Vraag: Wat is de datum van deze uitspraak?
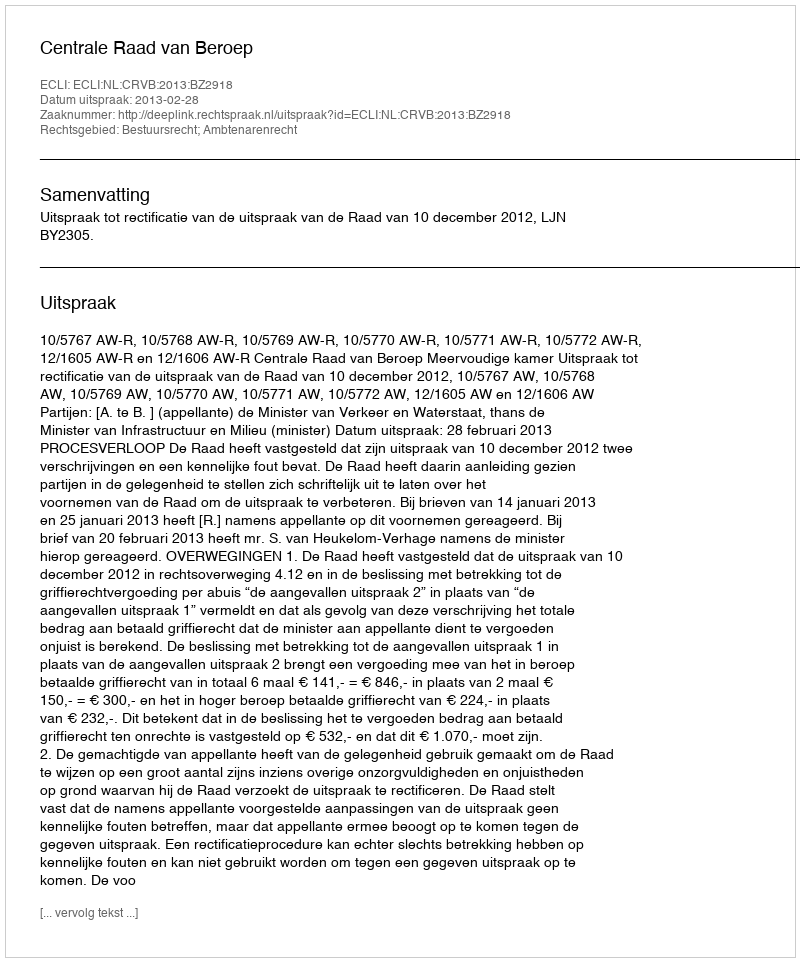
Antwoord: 2013-02-28